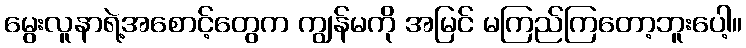
မွေးလူနာရဲ့အစောင့်တွေက ကျွန်မကို အမြင် မကြည်ကြတော့ဘူးပေါ့။